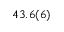
4 3 . 6 ( 6 )